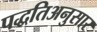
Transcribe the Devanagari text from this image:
पद्धतिअनुसार